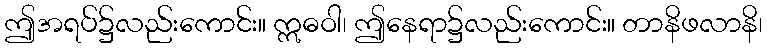
ဤအရပ်၌လည်းကောင်း။ ဣဓဝါ၊ ဤနေရာ၌လည်းကောင်း။ တာနိဖလာနိ၊